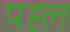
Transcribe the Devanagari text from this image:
पह्ल